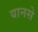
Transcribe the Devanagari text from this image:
यानसे